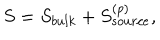
S = S _ { b u l k } + S _ { s o u r c e } ^ { ( p ) } ,